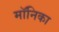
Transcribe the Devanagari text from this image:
माॅनिका